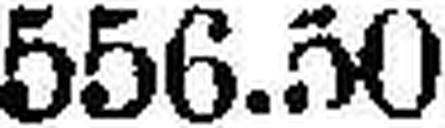
556.50